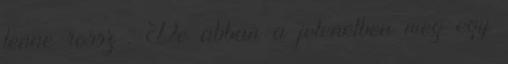
lenne rossz . De abban a jelenetben meg egy